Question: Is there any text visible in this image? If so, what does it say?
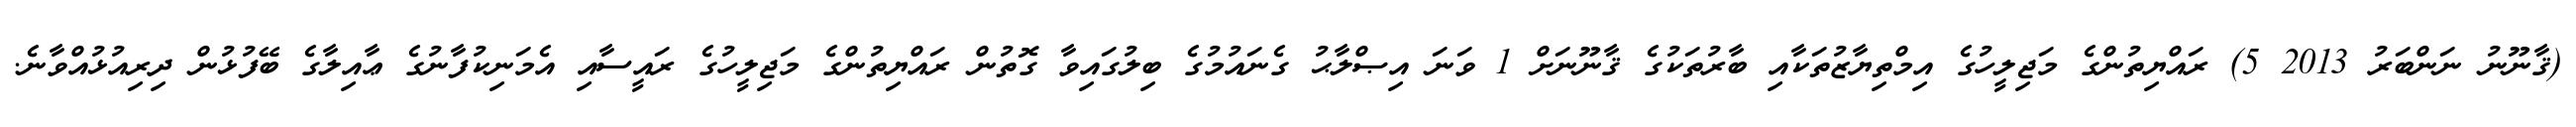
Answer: (ޤާނޫނު ނަންބަރު 2013 5) ރައްޔިތުންގެ މަޖިލީހުގެ އިމްތިޔާޒުތަކާއި ބާރުތަކުގެ ޤާނޫނަށް 1 ވަނަ އިޞްލާޙު ގެނައުމުގެ ބިލުގައިވާ ގޮތުން ރައްޔިތުންގެ މަޖިލީހުގެ ރައީސާއި އެމަނިކުފާނުގެ ޢާއިލާގެ ބޭފުޅުން ދިރިއުޅުއްވާނެ.